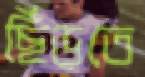
ছিঁড়তে